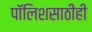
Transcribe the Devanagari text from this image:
पॉलिशसाठीही